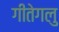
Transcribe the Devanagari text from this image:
गीतेगलु